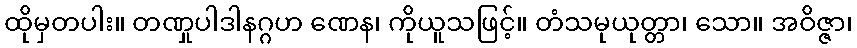
ထိုမှတပါး။ တဏှုပါဒါနဂ္ဂဟ ဏေန၊ ကိုယူသဖြင့်။ တံသမုယုတ္တာ၊ သော။ အဝိဇ္ဇာ၊